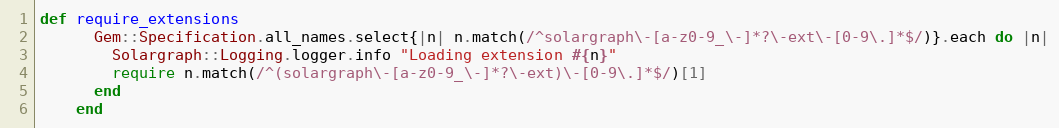
Language: Ruby
def require_extensions
      Gem::Specification.all_names.select{|n| n.match(/^solargraph\-[a-z0-9_\-]*?\-ext\-[0-9\.]*$/)}.each do |n|
        Solargraph::Logging.logger.info "Loading extension #{n}"
        require n.match(/^(solargraph\-[a-z0-9_\-]*?\-ext)\-[0-9\.]*$/)[1]
      end
    end